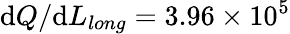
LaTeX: \mathrm{d}Q/\mathrm{d}L_{long}=3.96\times10^{5}